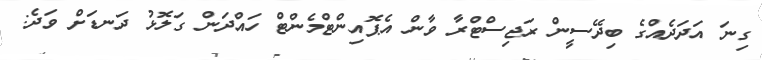
ގިނަ އަދަދެއްގެ ބިދޭސީން ރަޖިސްޓްރާ ވާން އެޕޮއިންޓްމެންޓް ހައްދަން ގަލޮޅު ދަނޑަށް ވަދެ: